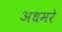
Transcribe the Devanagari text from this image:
अधमरे